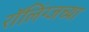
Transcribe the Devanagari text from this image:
रॉलिंग्जच्या